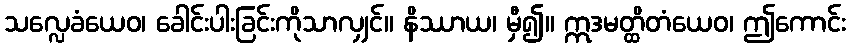
သလ္လေခံယေဝ၊ ခေါင်းပါးခြင်းကိုသာလျှင်။ နိဿာယ၊ မှီ၍။ ဣဒမတ္ထိတံယေဝ၊ ဤကောင်း